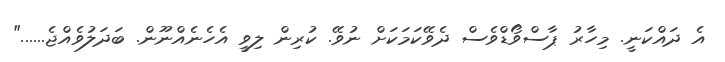
އެ ދައްކަނީ. މިހާރު ޕާސްވޯޑްވެސް ދެވޭކަމަކަށް ނުވޭ. ކުރިން ލިވީ އެހެނެއްނޫން. ބަދަލުވެއްޖެ......"